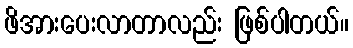
ဖိအားပေးလာတာလည်း ဖြစ်ပါတယ်။